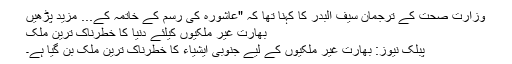
وزارت صحت کے ترجمان سیف البدر کا کہنا تھا کہ "عاشورہ کی رسم کے خاتمہ کے... مزید پڑھیں
بھارت غیر ملکیوں کیلئے دنیا کا خطرناک ترین ملک
پبلک نیوز: بھارت غیر ملکیوں کے لیے جنوبی ایشیاء کا خطرناک ترین ملک بن گیا ہے۔